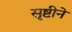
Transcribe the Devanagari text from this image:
सृष्टीने